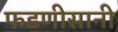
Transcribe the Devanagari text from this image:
फडणीसानी